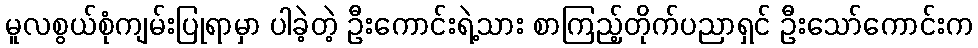
မူလစွယ်စုံကျမ်းပြုရာမှာ ပါခဲ့တဲ့ ဦးကောင်းရဲ့သား စာကြည့်တိုက်ပညာရှင် ဦးသော်ကောင်းက